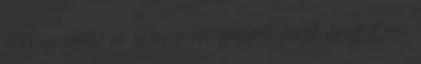
lehetőség adódik rá. Köszönöm igazgató nőnek, hogy itt van.